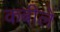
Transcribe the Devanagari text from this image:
कबीलें